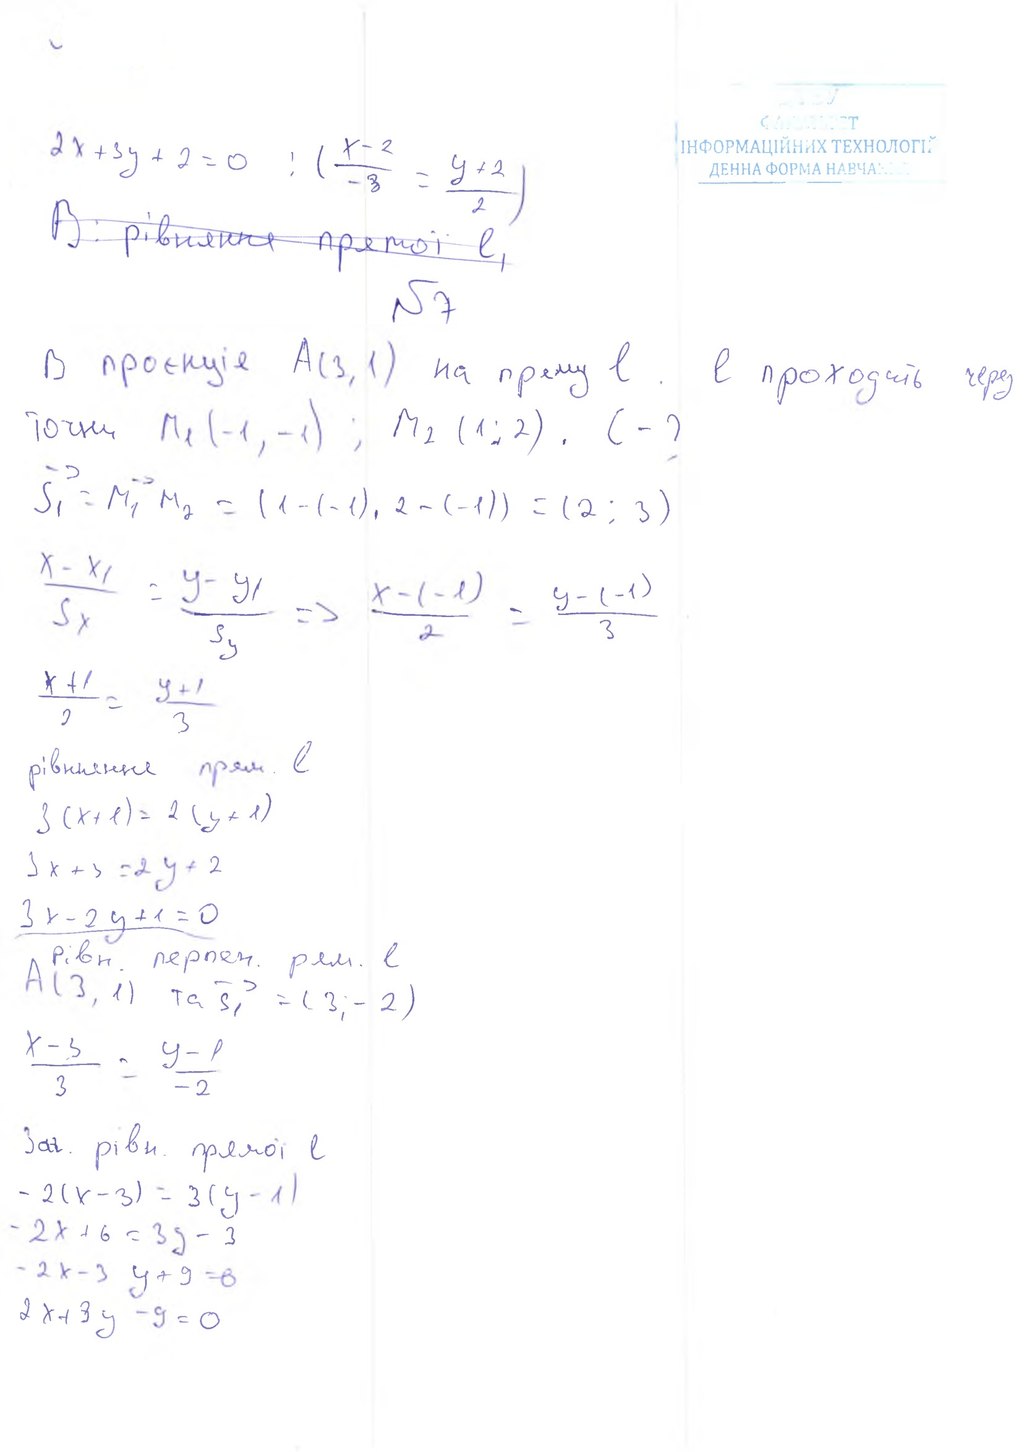
Латиня
2x + 3y + 2 = 0 ; ( (x - 2) / -3 = (y + 2) / 2 )
~~В: рівняння прямої l,~~
№7
B проекція A(3, 1) на пряму l. l проходить через
Точки M1(-1, -1); M2(1; 2). C - ?
S₁→ = M₁{→} M₂ = (1 - (-1), 2 - (-1)) = (2 ; 3)
x - x1 / Sx = y - y1 / Sy => x - (-1) / 2 = y - (-1) / 3
x + 1 / 2 = y + 1 / 3
рівняння прям. l
3 (x + 1) = 2 (y + 1)
3 x + 3 = 2 y + 2
3x - 2y + 1 = 0
Рівн. перпен. рям. l
A(3, 1) тa s₁ = (3₁- 2)
x-3/3 = y-1/-2
Заг. рівн. прямої l
- 2 ( x - 3 ) = 3 ( y - 1 )
-2x + 6 = 3y - 3
-2x-3y+9=0
2 x + 3 y - 9 = 0